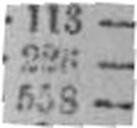
558 —